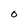
Character: 0